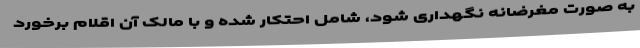
به صورت مغرضانه نگهداری شود، شامل احتکار شده و با مالک آن اقلام برخورد